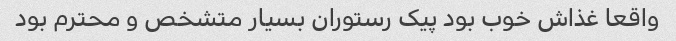
واقعا غذاش خوب بود پیک رستوران بسیار متشخص و محترم بود